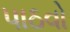
પાઠવો